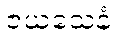
ဇယသေနံ